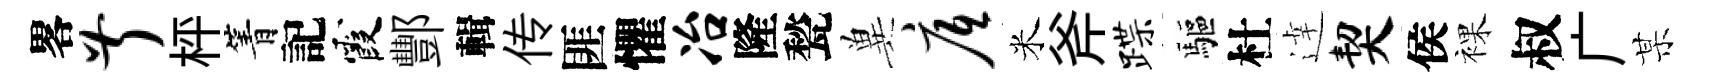
畧叔枰箐記霞酆輯传匪懼冶隆甃兾底米斧蹀驅杜逹契侯裸叔广某